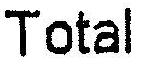
TOTAL